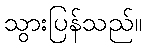
သွားပြန်သည်။